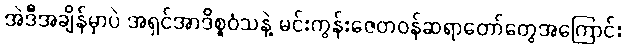
အဲဒီအချိန်မှာပဲ အရှင်အာဒိစ္စဝံသနဲ့ မင်းကွန်းဇေတဝန်ဆရာတော်တွေအကြောင်း